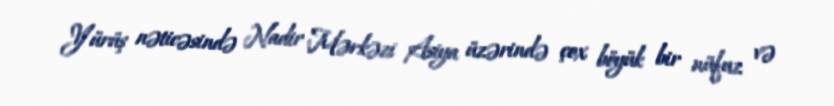
Yürüş nəticəsində Nadir Mərkəzi Asiya üzərində çox böyük bir nüfuz və